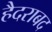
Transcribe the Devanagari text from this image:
हैदराबद